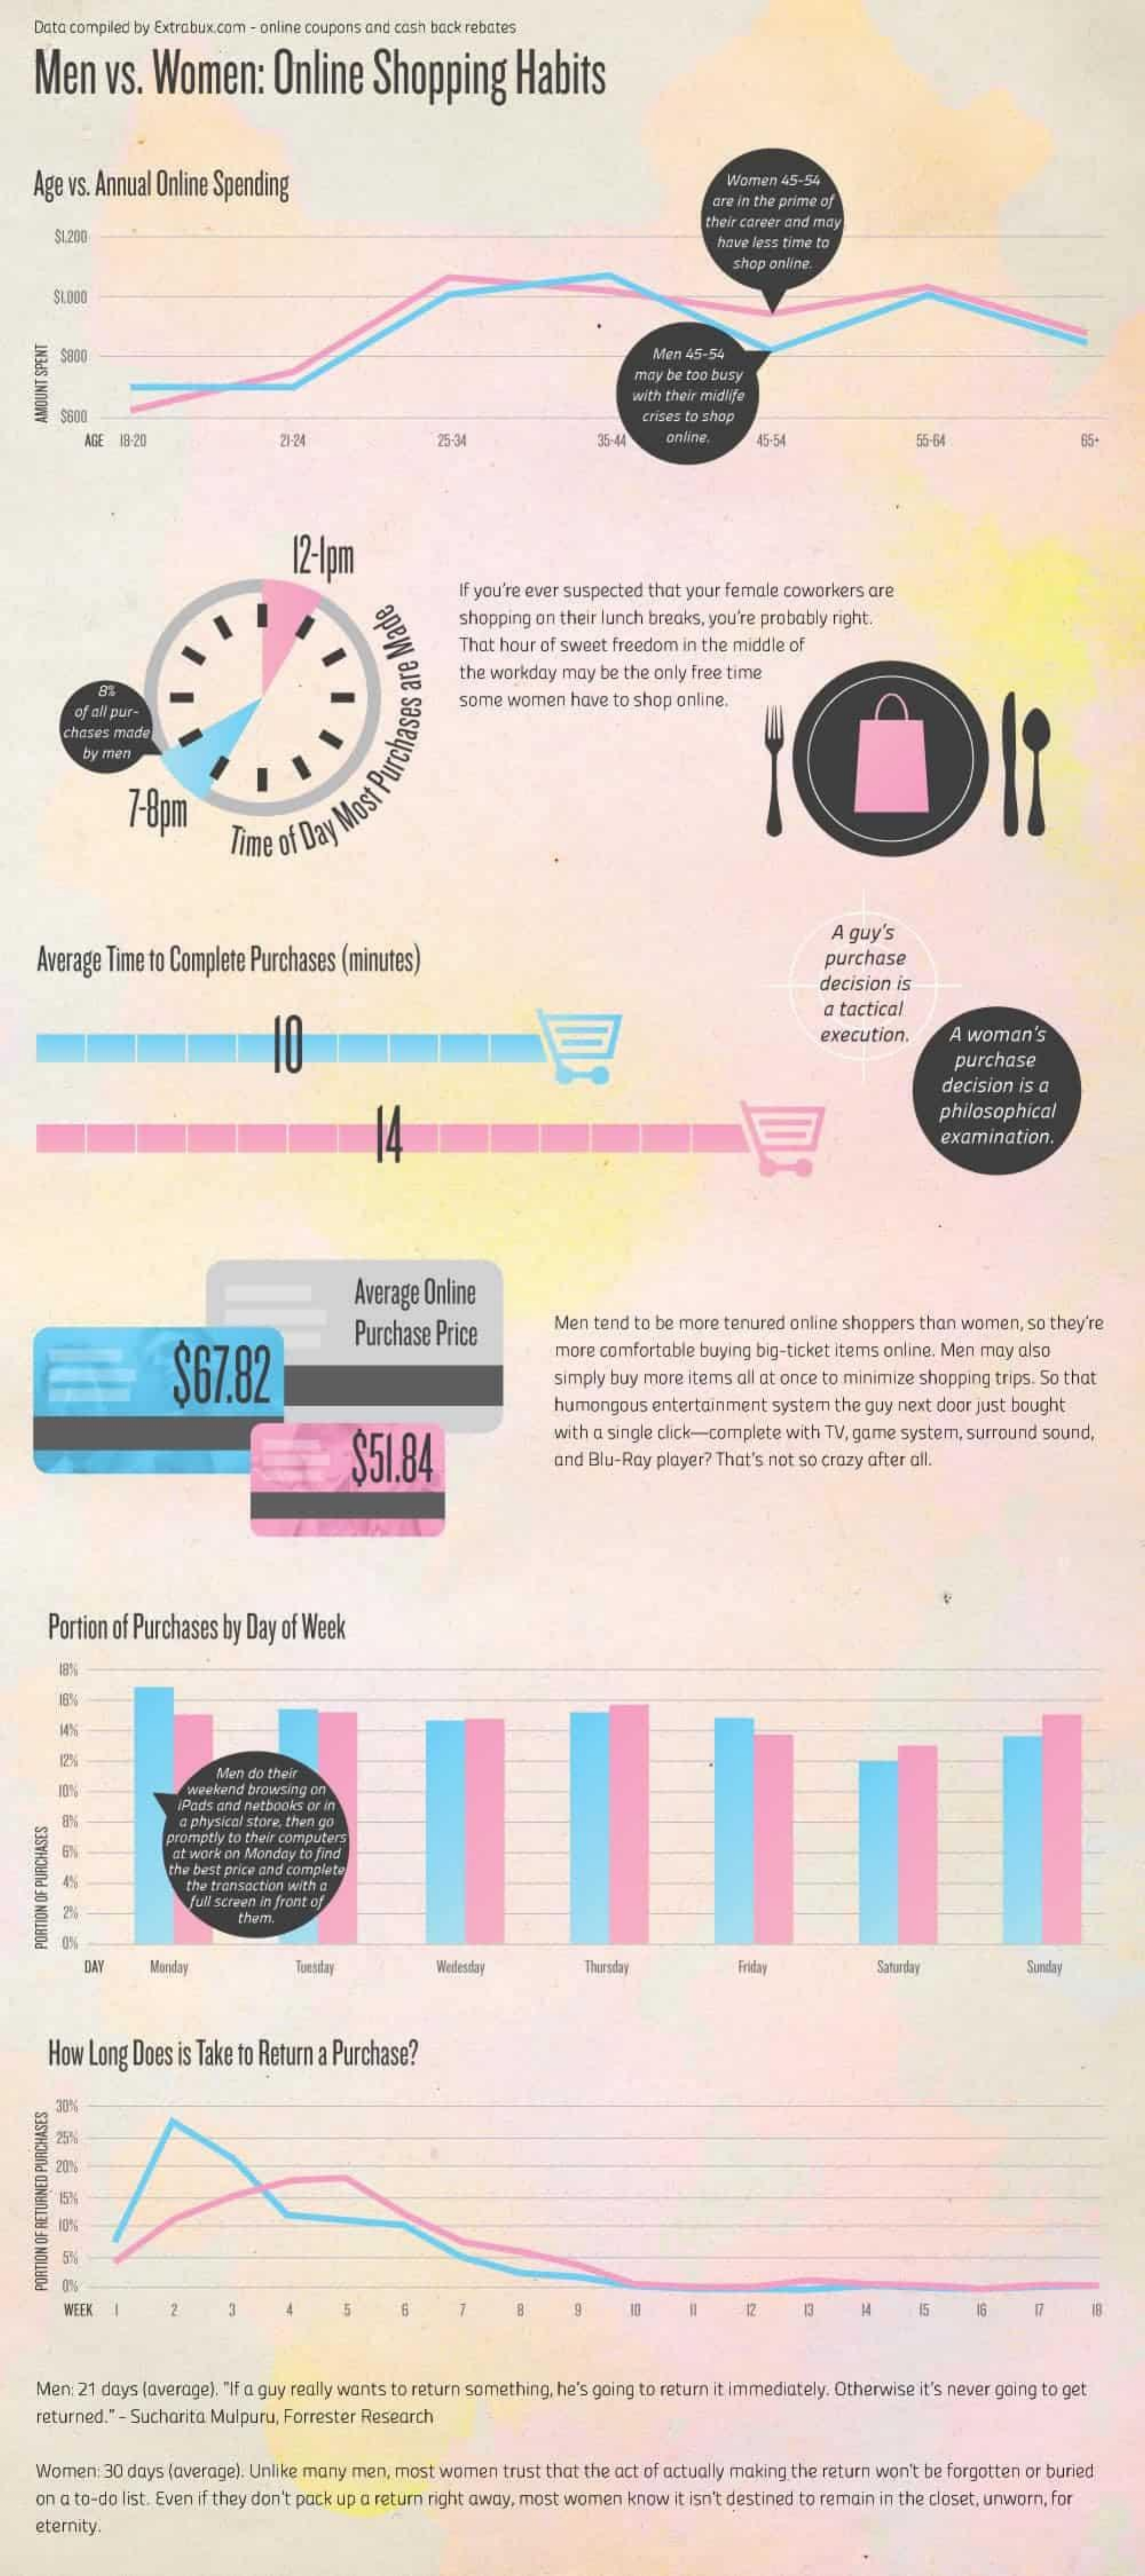
Data compiled by Extrabux.com - online coupons and cash back rebates
    Men    vs.  Women:    Online    Shopping    Habits
    Age vs. Annual Online Spending    Women 45-54
     are in the prime of
     $1.200
     their career and may
     have less time to
     shop online.
     $900    Men 45-54
     may be too busy
     with their midlife
     $80    crises to shop
    AMOUNT
    SPENT
     AGE 18-20    21:24    25-34    35-44   online.  45-54    55-64    65
     12-1pm
     If you're ever suspected that your female coworkers are
     shopping on their lunch breaks, you're probably right.
     That hour of sweet freedom in the middle of
     the workday may be the only free time
     of all pur-
     some women  have to shop online.
     chases made
     by men
     7-8pm
     Gf
     flour
     Maet
     Purchases
     are
     Made
    Average Time to Complete Purchases (minutes)
     A quy's
     purchase
     decision is
     a tactical
     execution.   A woman's
     purchase
     decision is a
     philosophical
     examination.
     Average Online
     Purchase Price    Men  tend to be more tenured online shoppers than women, so they're
     $67.82
     more comfortable buying big-ticket items online. Men may also
     simply buy more items all at once to minimize shopping trips. So that
     humongous  entertainment system the guy next door just bought
     $51.84
     with a single click-complete with TV, game system, surround sound,
     and Blu-Ray player? That's not so crazy after all.
     Portion of Purchases by Day of Week
     18%
     18%
     10%
     Men do their
     weekend browsing on
     iPads and netbooks or in
     a physical store, then go
     promptly to their computers
     at work on Monday to find
     the best price and complete
     the transaction with a
     full screen in front of
     them.
    PORTION
    OF
    PURCHASES
     DAY    Manda    Tuesday    Weilesday    Thursday    Friday    Saturday    Sunday
     How  Long Does is Take to Return a Purchase?
     325%
     NDE
     ! 20%
     5%
    PORTION
    OF
    RETURNED
    PURCHASES
     WEEK    2    5    6    B    9    12    13    15
    Men: 21 days (average). "If a guy really wants to return something, he's going to return it immediately. Otherwise it's never going to get
    returned." - Sucharita Mulpuru, Forrester Research
    Women: 30 days (average). Unlike many men, most women trust that the act of actually making the return won't be forgotten or buried
    on a to-do list. Even if they don't pack up a return right away, most women know it isn't destined to remain in the closet, unworn, for
    eternity.